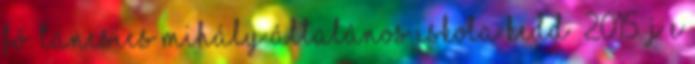
fő. Táncsics Mihály Általános iskola kedd 2015. J E